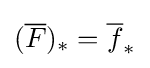
({\overline {F}})_{*}={\overline {f}}_{*}